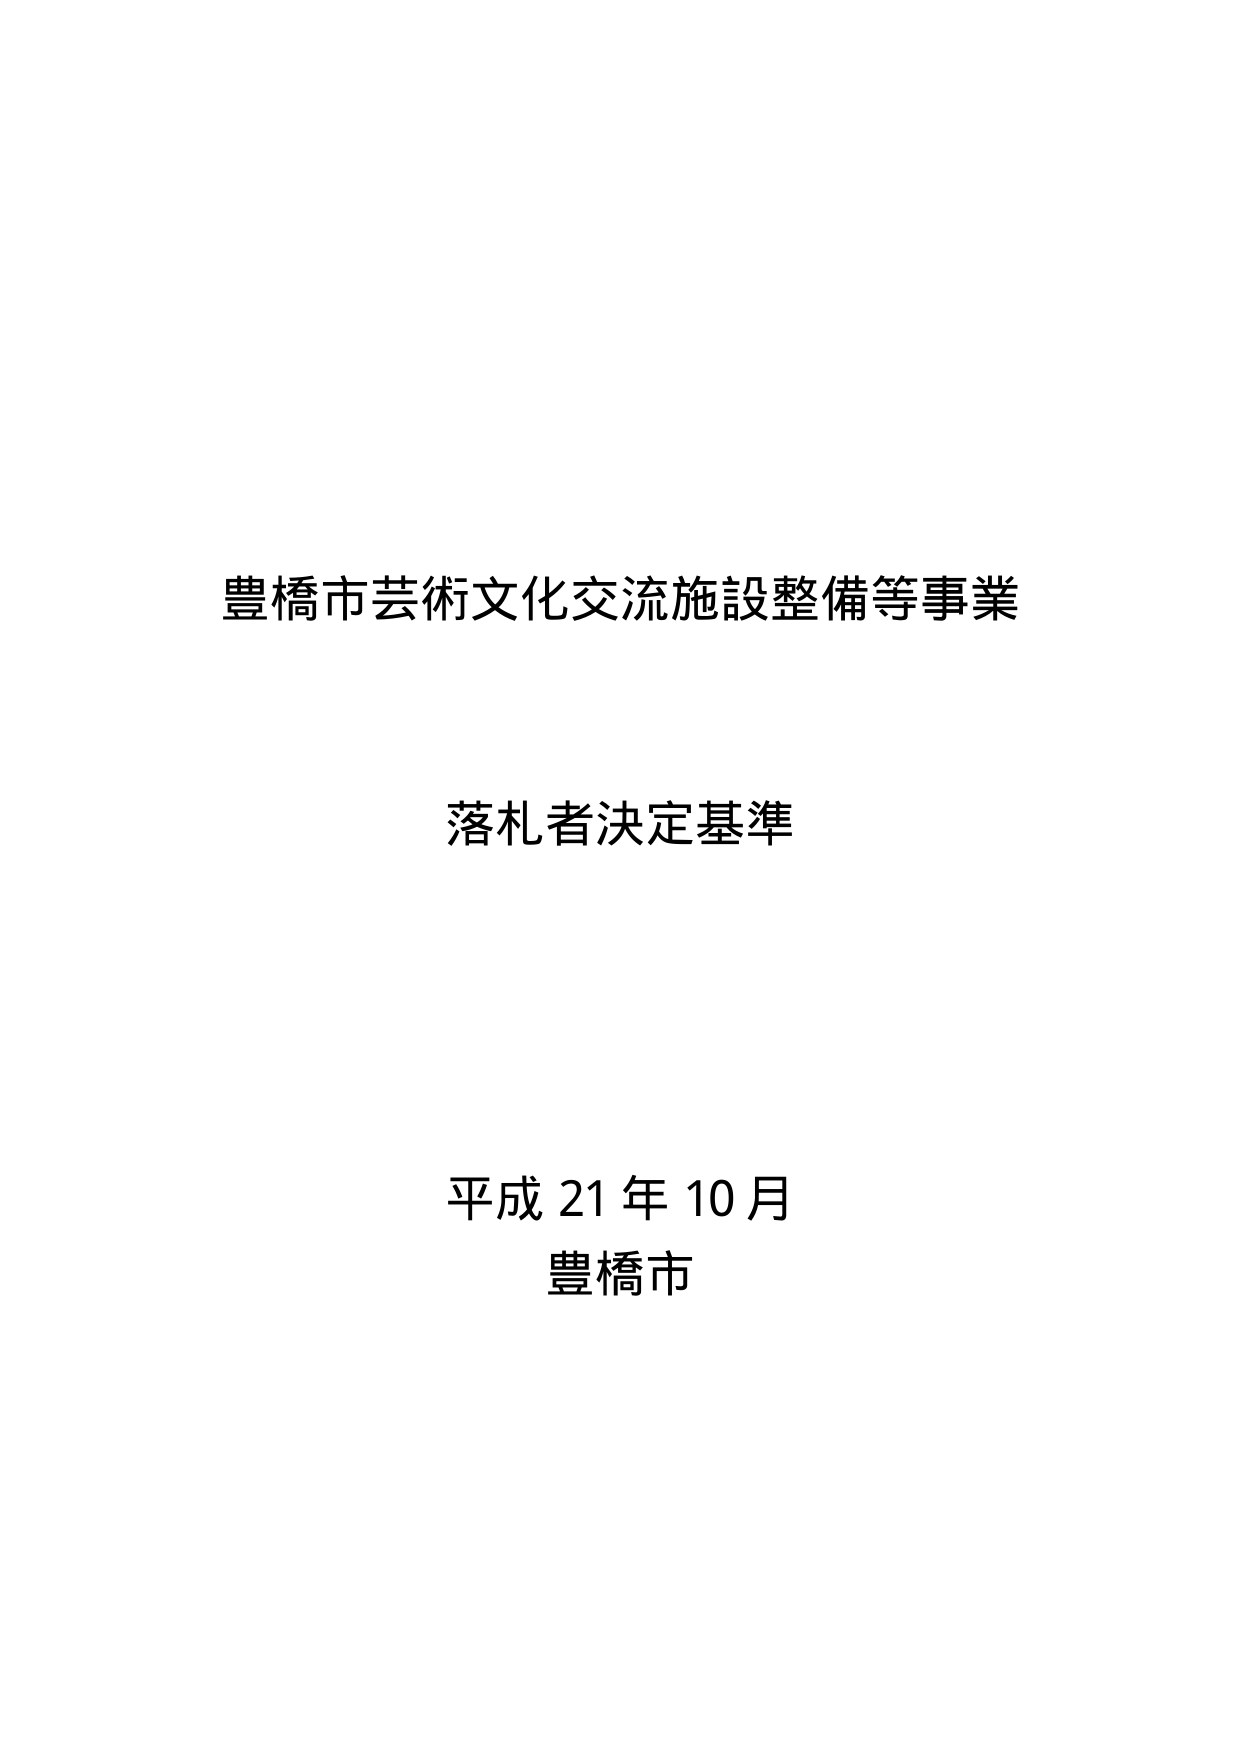
豊橋市芸術文化交流施設整備等事業

落札者決定基準

平成 21 年 10 月
豊橋市